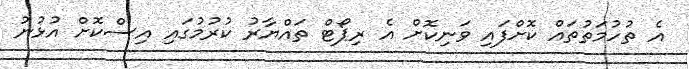
އެ ތުހުމަތުތައް ކޮށްފައި ވަނިކޮށް އެ ރިޕޯޓް ތައްޔާރު ކުރުމުގައި އިސްކޮށް އުޅުނު